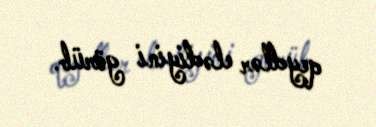
qeydlər elədiyini görüb.